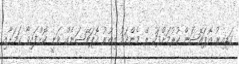
ގަޑިއިރު އޮޕަރޭޝަން ކުރުމަށްފަހު ރޭ މެންދަމު އިތުރު އޮޕަރޭޝަނެއް ވަނީ ކޮށްފައިވާ ކަމަށާއި